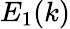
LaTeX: E_{1}(k)